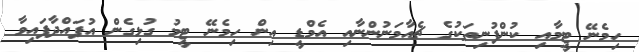
ހިމެނޭ ޓީމާއި ކުންފުނިތަކުގެ ޗެއާމަނުންނާއި އެމްޑީ އިން ހިމެނޭ ޓީމު ގުޅިގެން އުފައްދާފައިވާ